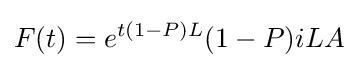
F(t)=e^{t(1-P)L}(1-P)iLA